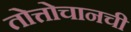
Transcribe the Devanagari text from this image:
तोत्तोचानची